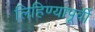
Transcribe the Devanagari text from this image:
लिहिण्‍यापूर्वी